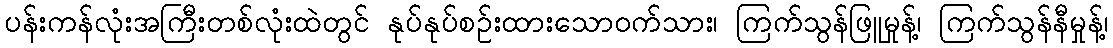
ပန်းကန်လုံးအကြီးတစ်လုံးထဲတွင် နုပ်နုပ်စဉ်းထားသောဝက်သား၊ ကြက်သွန်ဖြူမှုန့်၊ ကြက်သွန်နီမှုန့်၊